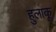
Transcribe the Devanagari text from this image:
हुलाकू